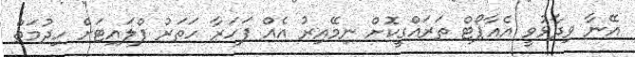
އޭނާ ވިދާޅުވީ އެއާޕޯޓް ތަރައްގީކޮށް ނިމޭއިރު އެއް ފަހަރާ ހަތަރު ފްލައިޓަށް ހިދުމަތް